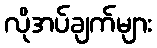
လိုအပ်ချက်များ